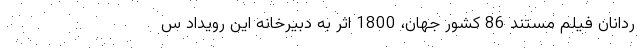
ردانان فیلم مستند 86 کشور جهان، 1800 اثر به دبیرخانه این رویداد س